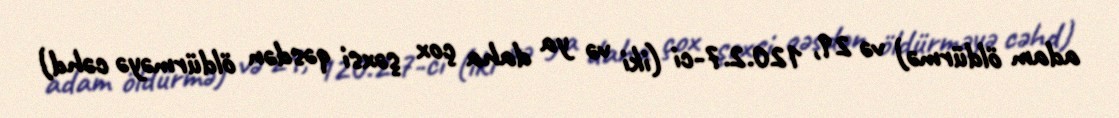
adam öldürmə) və 29, 120.2.7-ci (iki və ya daha çox şəxsi qəsdən öldürməyə cəhd)